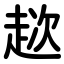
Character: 趑